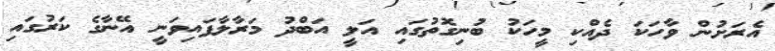
އެރަށުން ވާހަކަ ދެއްކި މީހަކު ބުނިގޮތުގައި އަލީ އަބްދު މަރާލާފައިވަނީ އޭނާގެ ކަރުގައި